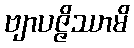
ဗျာပဇ္ဇိဿာမိ